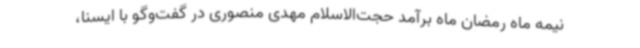
نیمه ماه رمضان ماه برآمد حجت‌الاسلام مهدی منصوری در گفت‌وگو با ایسنا،